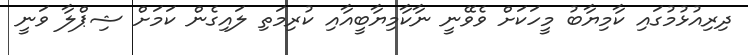
ދިރިއުޅުމުގައި ކާމިޔާބު މީހަކަށް ވެވޭނީ ނާކާމިޔާބީއާއި ކުރިމަތި ލައިގެން ކަމަށް ޝިޕްލާ ވަނީ